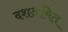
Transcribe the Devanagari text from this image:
दशअमित